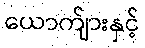
ယောက်ျားနှင့်